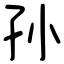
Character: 孙